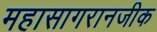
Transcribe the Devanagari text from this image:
महासागरानजीक